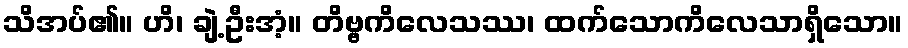
သိအပ်၏။ ဟိ၊ ချဲ့ဦးအံ့။ တိဗ္ဗကိလေသဿ၊ ထက်သောကိလေသာရှိသော။